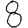
Digit: 8